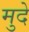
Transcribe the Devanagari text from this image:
मुदे